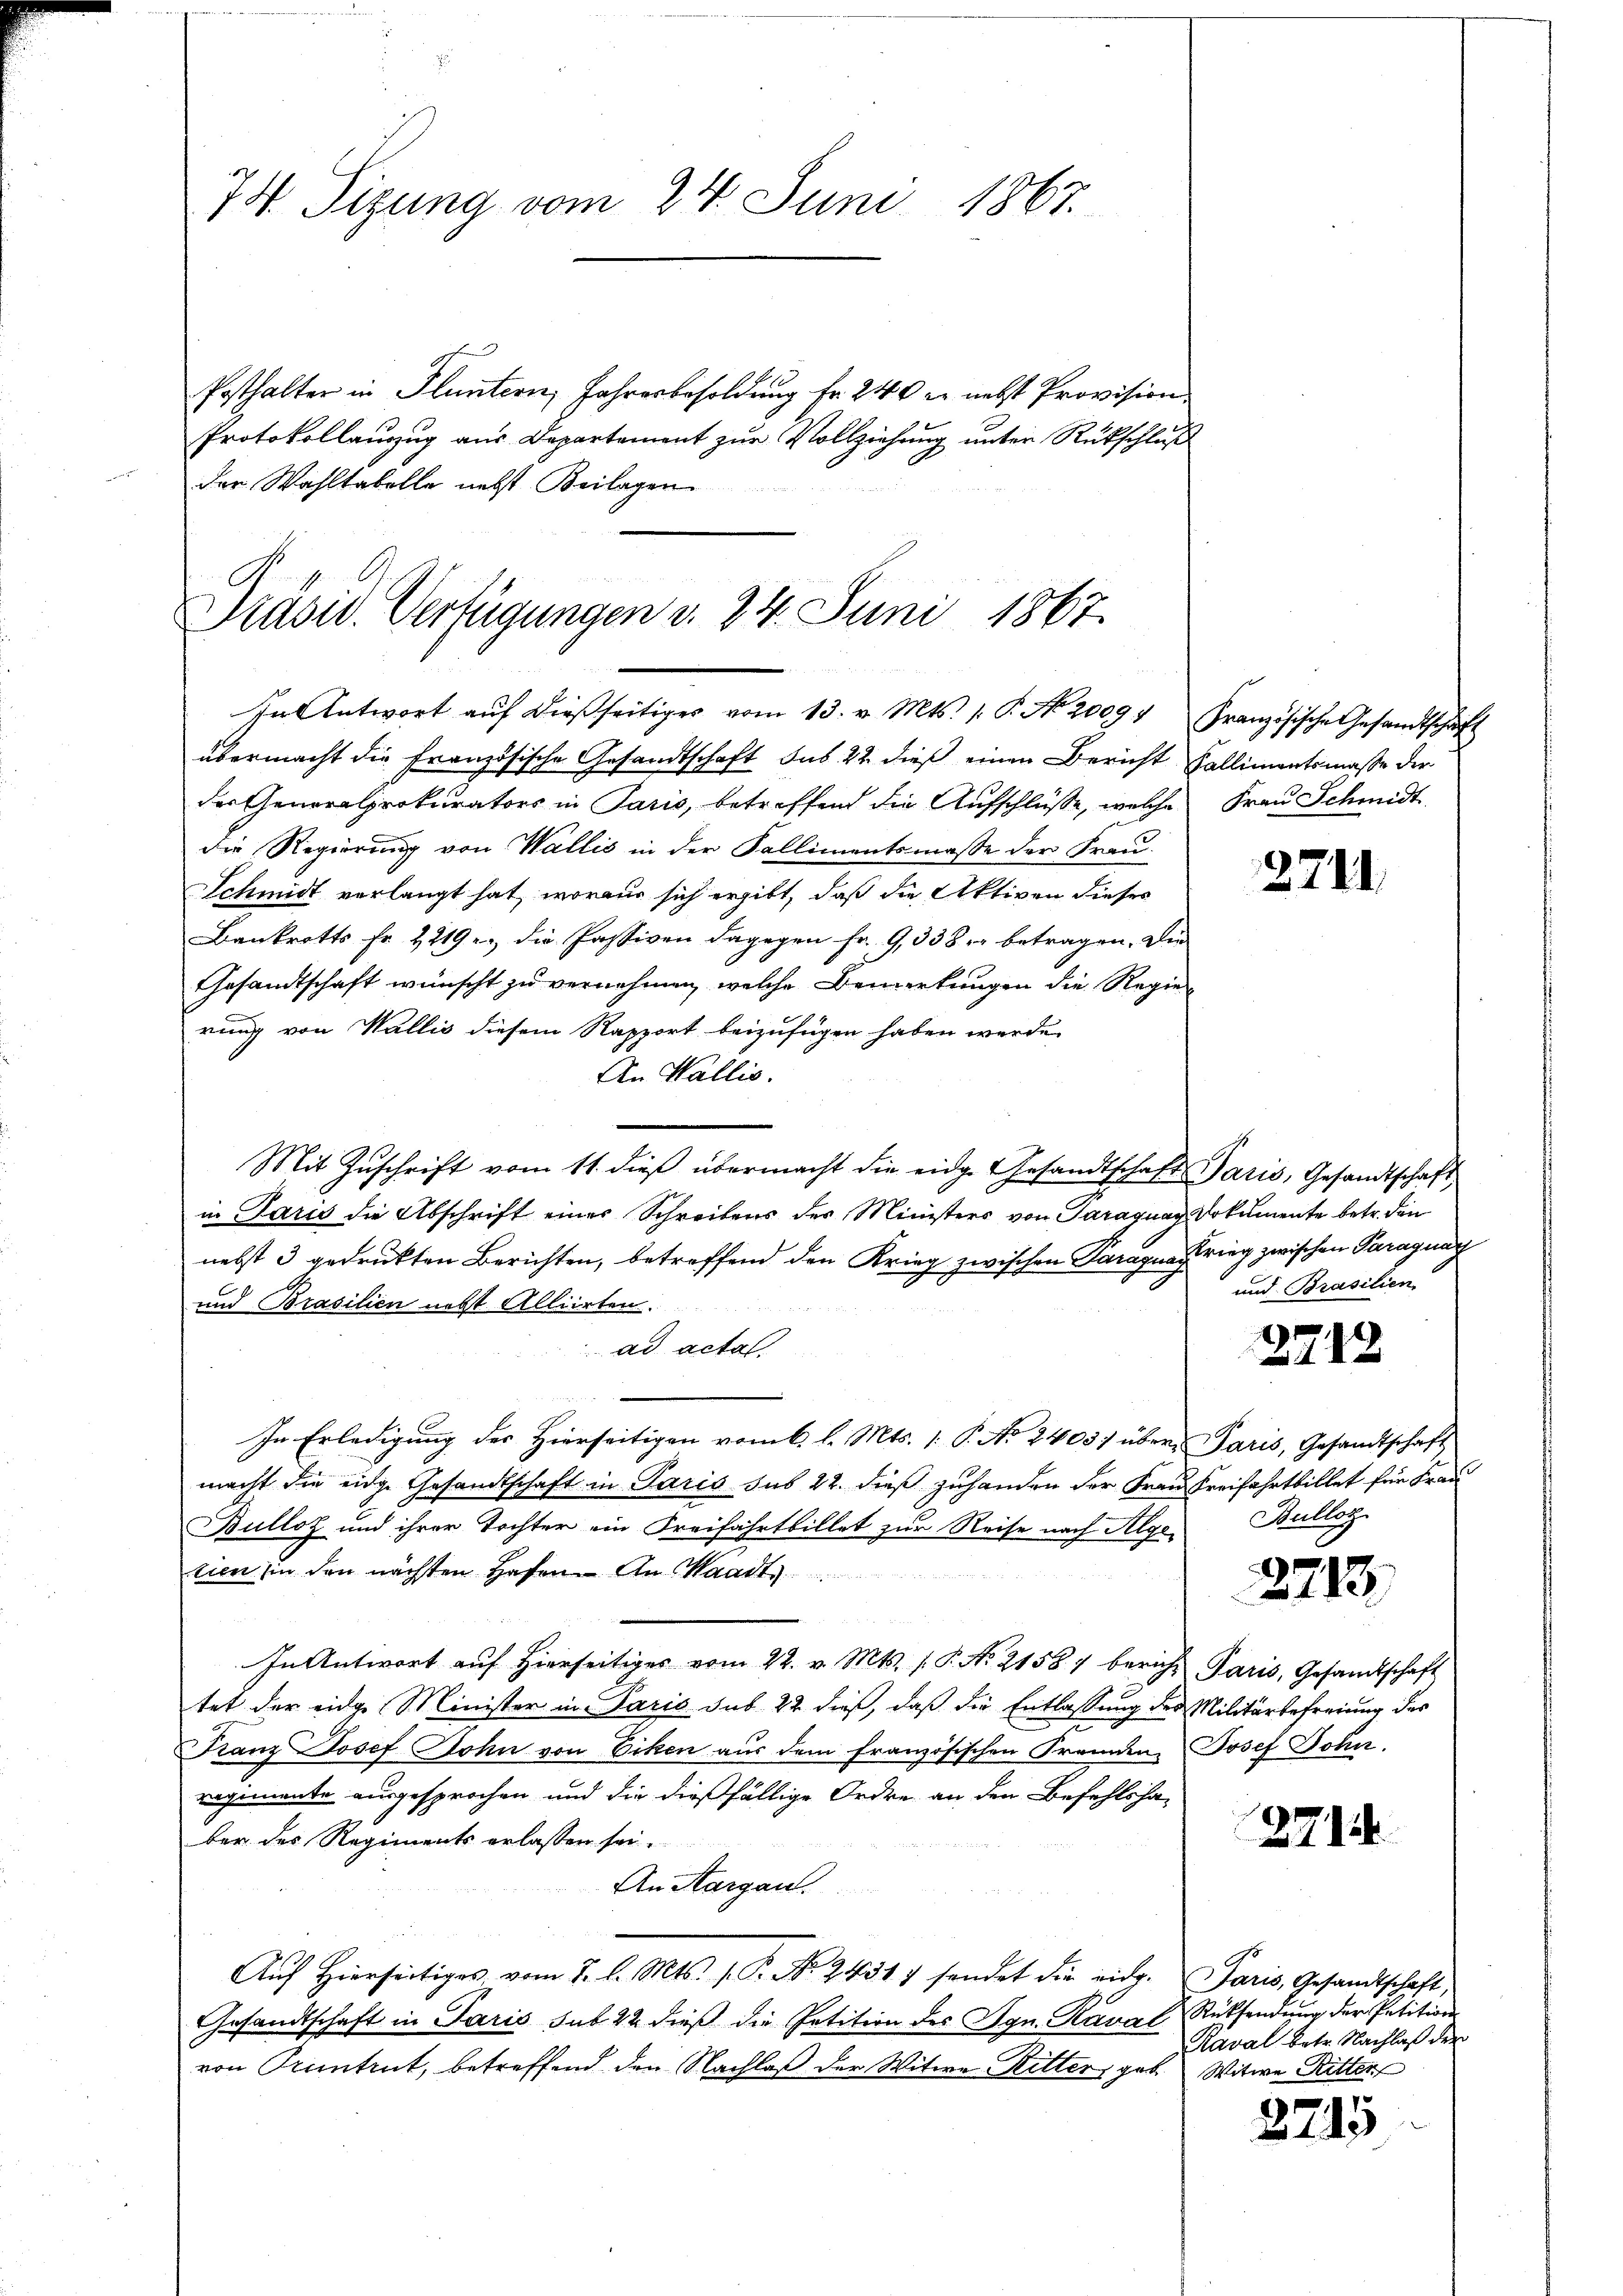
74. Sizung vom 24. Juni 1867.

Posthalter in Fluntern, Jahresbesoldung Fr. 240 er nebst Provision.
Protokollauszug aus Departement zur Vollziehung unter Rückschluß
der Wahltabelle nebst Beilagen

Präsid. Verfügungen d. 24. Juni 1867.
In Antwort aŭf dießseitiges vom 13. v. Mts. 1. P. No. 20094, Französische Gesandtschaft

übermacht die Französische Gesandtschaft sus 22 dieß einen Bericht Kallimentsmaße der
der Generalprokurators in Paris, betreffend die Aufschlüße, welche Frau Schmidt
die Regierung von Wallis in der Kallimentsmasse der Frau¬
Schmidt verlangt hat, woraus sich ergibt, daß die Aktiven dieses
Bankrotts Fr. 2219. die Passiven dagegen Fr. 9,538 betragen. Die
Gesandtschaft wünscht zu vernehmen, welche Bemerkungen die Regierung von Wallis diesem Rapport beizufügen haben werde.
An Wallis.
Mit Zuschrift vom 11. dieß übermacht die eidg. Gesandtschaft Paris, Gesandtschaft
in Paris die Abschrift einer Schreibens des Ministers von Paraguay Dokumente betr. den
nebst 3 gedruckten Berichten, betreffend den Krieg zwischen Paragua rieg zwischen Paragung
und Brasilien nett Alliirten.
ad acta.
In Erledigung des Hierseitigen vom 6. l. Mts. 1. P. No 2403) über Paris, Gesandtschaft
macht die eidge Gesandtschaft in Paris sub 22. dieß zuhanden der Frau Freifahrtbillet für Frau
Bulloz und ihrer Tochter ein Freifahrtbillet zur Reise nach Alge-
tien in den nächsten Hafen. An Waadt,
In Antwort aŭf hierseitiger vom 22. v. Mts. 1. P. No. 21587 bericht Paris, Gesandtschaft
tet der eidge Minister in Paris sub 22 dieß, daß die Entlassung des Militärbefreiung der
Franz Josef Sohn von Eiken aus dem französischen Fremden Josef Dohn.
regimente ausgesprochen und die dießfällige Ordre an den Befehlsha-
ber des Regiments erlassen sei.
An Aargau.
Aŭf Hierseitiges vom 2. l. Mts. 1. P. No. 24317 sendet die eidg.
Gesandtschaft in Paris sub 22 dieß die Petition des Ign. Kanal Rücksendung der Petition
von Pruntrut, betreffend den Nachlaß der Witwe Ritter, geb. Witwe Ritter

2711

und Brasilien.

3712

Bulloz

2713

2714.

Paris, Gesandtschaft,
Kaval betr. Nachlaß der

2795